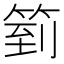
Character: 箌